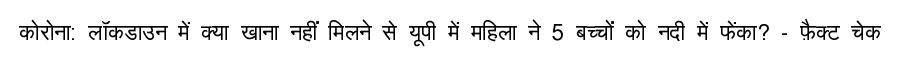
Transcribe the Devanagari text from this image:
कोरोना: लॉकडाउन में क्या खाना नहीं मिलने से यूपी में महिला ने 5 बच्चों को नदी में फेंका? - फ़ैक्ट चेक